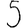
Digit: 5